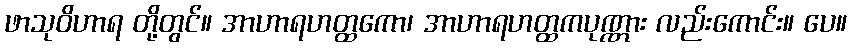
ဖာသုဝိဟာရ တို့တွင်။ အာဟာရဟတ္ထကော၊ အာဟာရဟတ္ထကပုဏ္ဏား လည်းကောင်း။ ပေ။